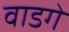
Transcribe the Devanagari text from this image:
वाडगे